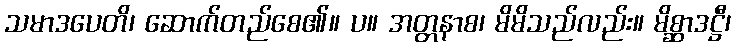
သမာဒပေတိ၊ ဆောက်တည်စေ၏။ ပ။ အတ္တနာစ၊ မိမိသည်လည်း။ မိစ္ဆာဒဋ္ဌီ၊